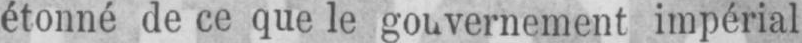
étonné de ce que le gouvernement impérial